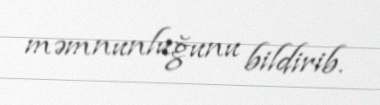
məmnunluğunu bildirib.